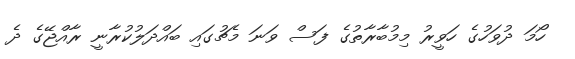
ހޯމަ ދުވަހުގެ ހަވީރު މިމުބާރާތުގެ ފަސް ވަނަ މެޗުގައި ބައްދަލުކުރާނީ ރާއްޖޭގެ ދެ